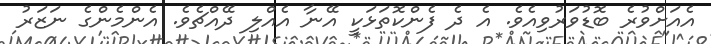
އެއަށްވުރެ ބޮޑުވަރުވިއެވެ. އެ ދެ ފެންކޮތަޅަކީ އޭނާ އެއްލި ދޭއްޗެވެ. އެންމެންގެ ނަޒަރު